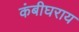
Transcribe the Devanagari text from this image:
कंबीघराय